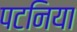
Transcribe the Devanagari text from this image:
पटनिया